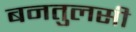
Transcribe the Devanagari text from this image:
बनतुलसी